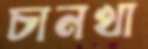
চানখা